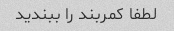
لطفا کمربند را ببندید